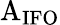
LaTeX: \mathrm{A_{IFO}}